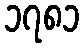
၁၇၈၁